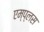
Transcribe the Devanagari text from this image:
एम्प्लस